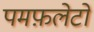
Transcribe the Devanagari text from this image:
पमफ़लेटों